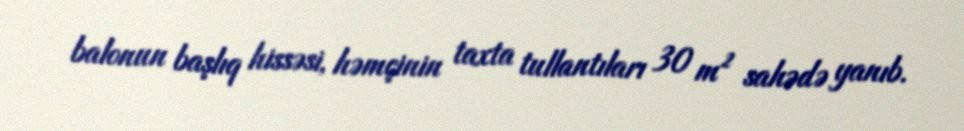
balonun başlıq hissəsi, həmçinin taxta tullantıları 30 m² sahədə yanıb.